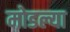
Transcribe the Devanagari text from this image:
मोडल्या